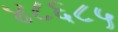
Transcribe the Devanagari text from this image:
४८६८५